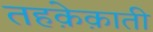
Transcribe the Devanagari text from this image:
तहक़ेक़ाती